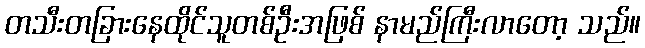
တသီးတခြားနေထိုင်သူတစ်ဦးအဖြစ် နာမည်ကြီးလာတော့ သည်။